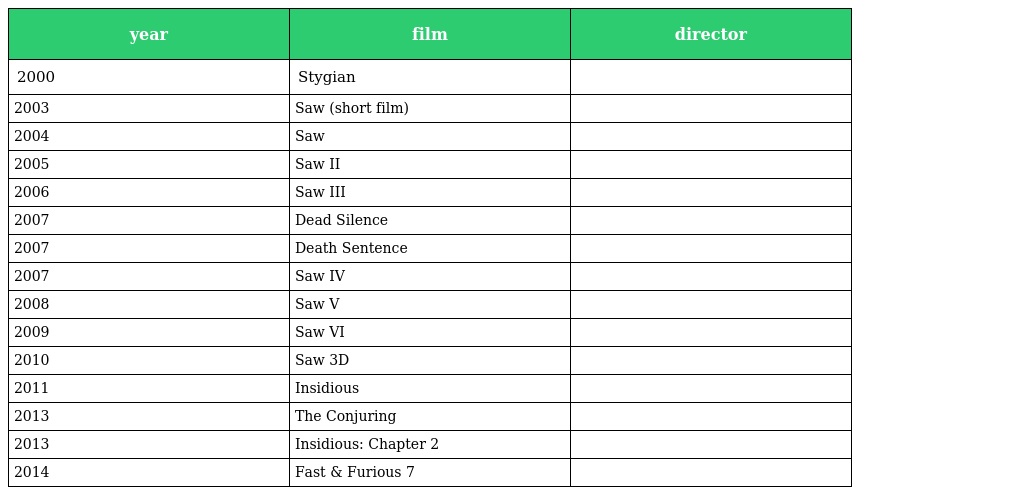
| year | film | director |
 | --- | --- | --- |
 | 2000 | Stygian |  |
 | 2003 | Saw (short film) |  |
 | 2004 | Saw |  |
 | 2005 | Saw II |  |
 | 2006 | Saw III |  |
 | 2007 | Dead Silence |  |
 | 2007 | Death Sentence |  |
 | 2007 | Saw IV |  |
 | 2008 | Saw V |  |
 | 2009 | Saw VI |  |
 | 2010 | Saw 3D |  |
 | 2011 | Insidious |  |
 | 2013 | The Conjuring |  |
 | 2013 | Insidious: Chapter 2 |  |
 | 2014 | Fast & Furious 7 |  |